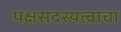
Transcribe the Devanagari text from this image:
पक्षसदस्यत्वाचा